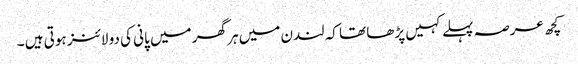
کچھ عرصہ پہلے کہیں پڑھا تھا کہ لندن میں ہر گھر میں پانی کی دو لائنز ہوتی ہیں ۔